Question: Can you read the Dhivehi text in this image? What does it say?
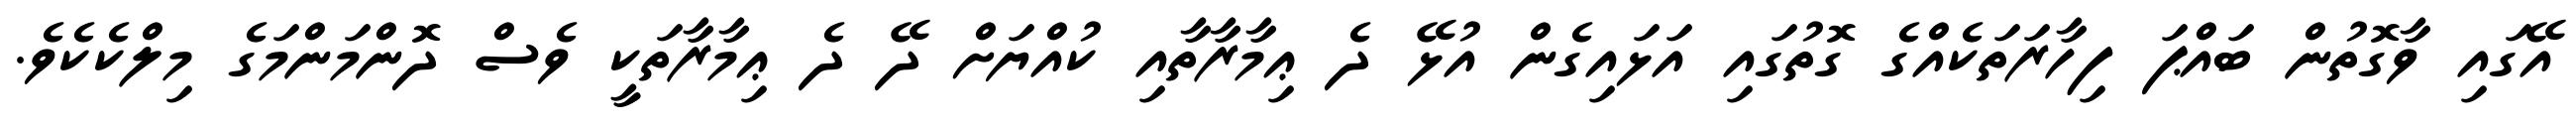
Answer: އޭގައި ވާގޮތުން ބައްޕަ ފިހާރަތަކެއްގެ ގޮތުގައި އަޅައިގެން އުޅޭ ދެ ޢިމާރާތާއި ކުއްޔަށް ދޭ ދެ ޢިމާރާތަކީ ވެސް ދޮންމަންމަގެ މިލްކެކެވެ.